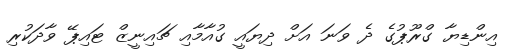
އިންޑިޔާ ގްރޫޕުގެ ދެ ވަނަ އަށް ދިޔައީ ގުއާމާއި ޗައިނީޒް ޓައިޕޭ ވާދަކުރި